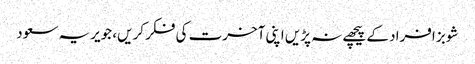
شوبز افراد کے پیچھے نہ پڑیں اپنی آخرت کی فکر کریں، جویریہ سعود